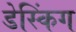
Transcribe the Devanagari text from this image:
डेस्किंग